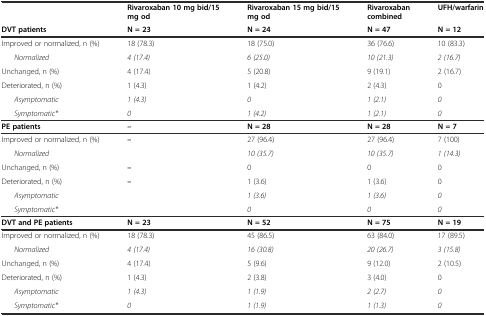
<table><thead><tr><td></td><td><b>Rivaroxaban 10 mg bid/15 mg od</b></td><td><b>Rivaroxaban 15 mg bid/15 mg od</b></td><td><b>Rivaroxaban combined</b></td><td><b>UFH/warfarin</b></td></tr><tr><td><b>DVT patients</b></td><td><b>N = 23</b></td><td><b>N = 24</b></td><td><b>N = 47</b></td><td><b>N = 12</b></td></tr></thead><tbody><tr><td>Improved or normalized, n (%)</td><td>18 (78.3)</td><td>18 (75.0)</td><td>36 (76.6)</td><td>10 (83.3)</td></tr><tr><td><i>Normalized</i></td><td><i>4 (17.4)</i></td><td><i>6 (25.0)</i></td><td><i>10 (21.3)</i></td><td><i>2 (16.7)</i></td></tr><tr><td>Unchanged, n (%)</td><td>4 (17.4)</td><td>5 (20.8)</td><td>9 (19.1)</td><td>2 (16.7)</td></tr><tr><td>Deteriorated, n (%)</td><td>1 (4.3)</td><td>1 (4.2)</td><td>2 (4.3)</td><td>0</td></tr><tr><td><i>Asymptomatic</i></td><td><i>1 (4.3)</i></td><td><i>0</i></td><td><i>1 (2.1)</i></td><td><i>0</i></td></tr><tr><td><i>Symptomatic*</i></td><td><i>0</i></td><td><i>1 (4.2)</i></td><td><i>1 (2.1)</i></td><td><i>0</i></td></tr><tr><td><b>PE patients</b></td><td><b>–</b></td><td><b>N = 28</b></td><td><b>N = 28</b></td><td><b>N = 7</b></td></tr><tr><td>Improved or normalized, n (%)</td><td><b>–</b></td><td>27 (96.4)</td><td>27 (96.4)</td><td>7 (100)</td></tr><tr><td><i>Normalized</i></td><td></td><td><i>10 (35.7)</i></td><td><i>10 (35.7)</i></td><td><i>1 (14.3)</i></td></tr><tr><td>Unchanged, n (%)</td><td><b>–</b></td><td>0</td><td>0</td><td>0</td></tr><tr><td>Deteriorated, n (%)</td><td><b>–</b></td><td>1 (3.6)</td><td>1 (3.6)</td><td>0</td></tr><tr><td><i>Asymptomatic</i></td><td></td><td><i>1 (3.6)</i></td><td><i>1 (3.6)</i></td><td><i>0</i></td></tr><tr><td><i>Symptomatic*</i></td><td></td><td><i>0</i></td><td><i>0</i></td><td><i>0</i></td></tr><tr><td><b>DVT and PE patients</b></td><td><b>N = 23</b></td><td><b>N = 52</b></td><td><b>N = 75</b></td><td><b>N = 19</b></td></tr><tr><td>Improved or normalized, n (%)</td><td>18 (78.3)</td><td>45 (86.5)</td><td>63 (84.0)</td><td>17 (89.5)</td></tr><tr><td><i>Normalized</i></td><td><i>4 (17.4)</i></td><td><i>16 (30.8)</i></td><td><i>20 (26.7)</i></td><td><i>3 (15.8)</i></td></tr><tr><td>Unchanged, n (%)</td><td>4 (17.4)</td><td>5 (9.6)</td><td>9 (12.0)</td><td>2 (10.5)</td></tr><tr><td>Deteriorated, n (%)</td><td>1 (4.3)</td><td>2 (3.8)</td><td>3 (4.0)</td><td>0</td></tr><tr><td><i>Asymptomatic</i></td><td><i>1 (4.3)</i></td><td><i>1 (1.9)</i></td><td><i>2 (2.7)</i></td><td><i>0</i></td></tr><tr><td><i>Symptomatic*</i></td><td><i>0</i></td><td><i>1 (1.9)</i></td><td><i>1 (1.3)</i></td><td><i>0</i></td></tr></tbody></table>